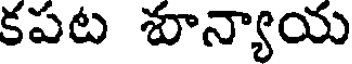
కపట శూన్యాయ